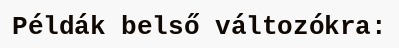
Példák belső változókra: